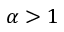
\alpha > 1